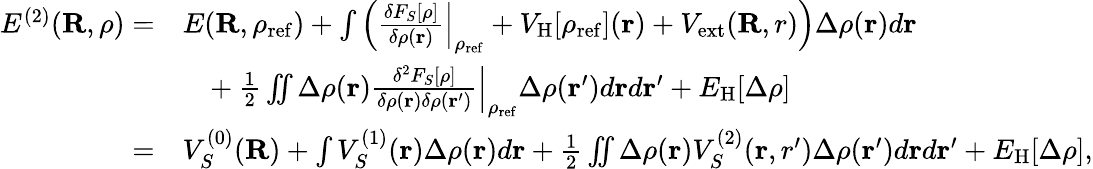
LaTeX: \begin{array}{rl}{E^{(2)}({\mathbf R},\rho)=}&{E({\mathbf R},\rho_{\mathrm{ref}})+\int\left(\frac{\delta F_{S}[\rho]}{\delta\rho({\mathbf r})}\Big\vert_{\rho_{\mathrm{ref}}}+V_{\mathrm{H}}[\rho_{\mathrm{ref}}]({\mathbf r})+V_{\mathrm{ext}}({\mathbf R,r})\right)\Delta\rho({\mathbf r})d{\mathbf r}}\\ &{~~~+\frac{1}{2}\iint\Delta\rho({\mathbf r})\frac{\delta^{2}F_{S}[\rho]}{\delta\rho({\mathbf r})\delta\rho({\mathbf r^{\prime}})}\Big\vert_{\rho_{\mathrm{ref}}}\Delta\rho({\mathbf r^{\prime}})d{\mathbf r}d{\mathbf r^{\prime}}+E_{\mathrm{H}}[\Delta\rho]}\\ {=}&{V_{S}^{(0)}({\mathbf R})+\int V_{S}^{(1)}({\mathbf r})\Delta\rho({\mathbf r})d{\mathbf r}+\frac{1}{2}\iint\Delta\rho({\mathbf r})V_{S}^{(2)}({\mathbf r,r^{\prime}})\Delta\rho({\mathbf r^{\prime}})d{\mathbf r}d{\mathbf r^{\prime}}+E_{\mathrm{H}}[\Delta\rho],}\end{array}